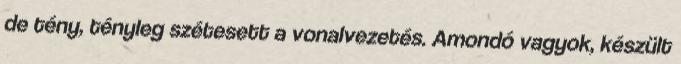
de tény, tényleg szétesett a vonalvezetés. Amondó vagyok, készült